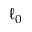
\ell _ { 0 }